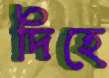
দিহে